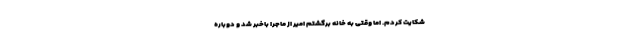
شکایت کردم. اما وقتی به خانه برگشتم امیر از ماجرا باخبر شد و دوباره